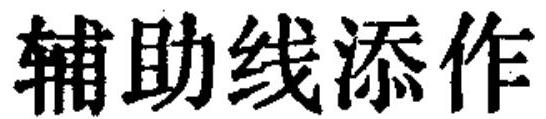
辅助线添作